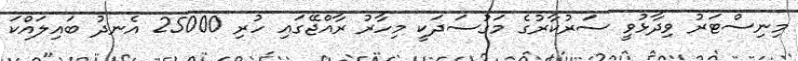
މިނިސްޓަރު ވިދާޅުވީ ސަރުކާރުގެ މަގުސަދަކީ މިހާރު ރާއްޖޭގައި ހުރި 25000 އެނދު ބައިލައްކަ